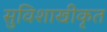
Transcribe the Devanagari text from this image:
सुविशाखीकृत